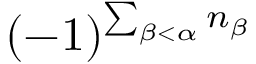
( - 1 ) ^ { \sum _ { \beta < \alpha } n _ { \beta } }